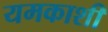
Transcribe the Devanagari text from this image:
यमकाशी